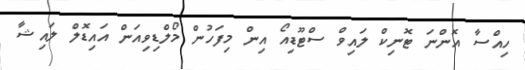
ހިއްސާ އޮންނަ ޓޮނިކް ލައިވް ސްޓޫޑިއޯ އިން މިފަހުން މޯލްޑިވިއަން އައިޑޮލް ލައިޝާ